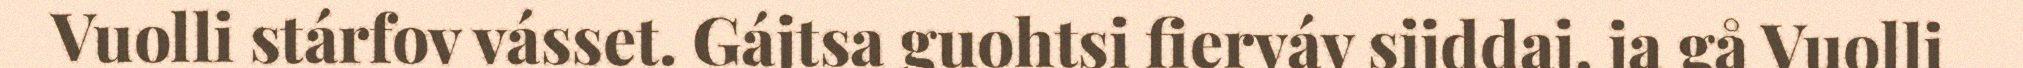
Vuolli stárfov vásset. Gájtsa guohtsi fierváv sijddaj, ja gå Vuolli